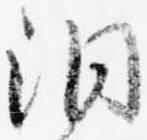
洞